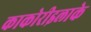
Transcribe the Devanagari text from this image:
काकोरीइलाके